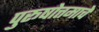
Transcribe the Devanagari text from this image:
पुरूषोत्तमाचे